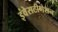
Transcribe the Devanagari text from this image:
इंवेसटीगेशन